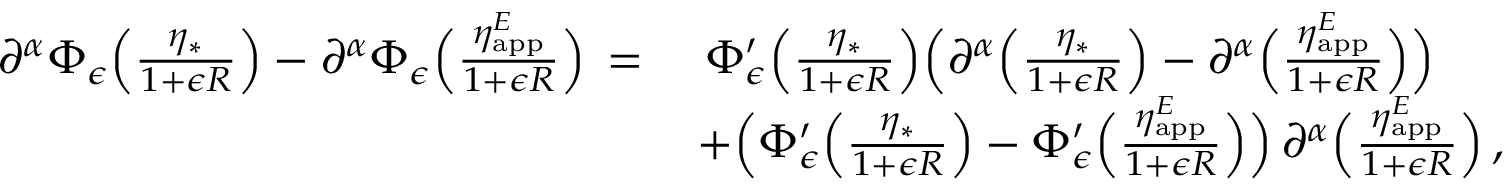
\begin{array} { r l } { \partial ^ { \alpha } \Phi _ { \epsilon } \Bigl ( \frac { \eta _ { * } } { 1 { + } \epsilon R } \Bigr ) - \partial ^ { \alpha } \Phi _ { \epsilon } \Bigl ( \frac { \eta _ { \mathrm { a p p } } ^ { E } } { 1 { + } \epsilon R } \Bigr ) \, = \, } & { \, \Phi _ { \epsilon } ^ { \prime } \Bigl ( \frac { \eta _ { * } } { 1 { + } \epsilon R } \Bigr ) \Bigl ( \partial ^ { \alpha } \Bigl ( \frac { \eta _ { * } } { 1 { + } \epsilon R } \Bigr ) - \partial ^ { \alpha } \Bigl ( \frac { \eta _ { \mathrm { a p p } } ^ { E } } { 1 { + } \epsilon R } \Bigr ) \Bigr ) } \\ & { + \Bigl ( \Phi _ { \epsilon } ^ { \prime } \Bigl ( \frac { \eta _ { * } } { 1 { + } \epsilon R } \Bigr ) - \Phi _ { \epsilon } ^ { \prime } \Bigl ( \frac { \eta _ { \mathrm { a p p } } ^ { E } } { 1 { + } \epsilon R } \Bigr ) \Bigr ) \, \partial ^ { \alpha } \Bigl ( \frac { \eta _ { \mathrm { a p p } } ^ { E } } { 1 { + } \epsilon R } \Bigr ) \, , } \end{array}